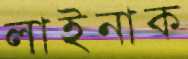
লাইনাক